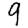
Digit: 9